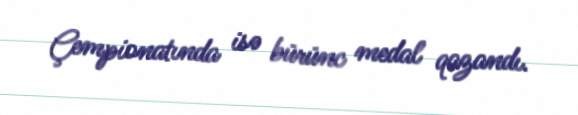
Çempionatında isə bürünc medal qazandı.